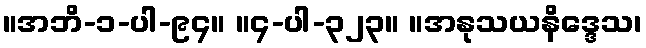
။အဘိ-၁-ပါ-၉၄။ ။၄-ပါ-၃၂၃။ ။အနုသယနိဒ္ဒေသ၊